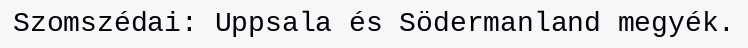
Szomszédai: Uppsala és Södermanland megyék.